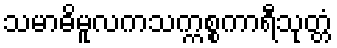
သမာဓိမူလကသက္ကစ္စကာရီသုတ္တံ